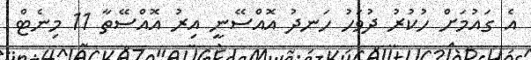
އެ ގައުމަށް ހުކުރު ދުވަހު ހަނދު އޮއްސޭނީ އިރު އޮއްސޭތާ 11 މިނެޓް